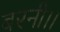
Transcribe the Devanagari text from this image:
बरनी।।